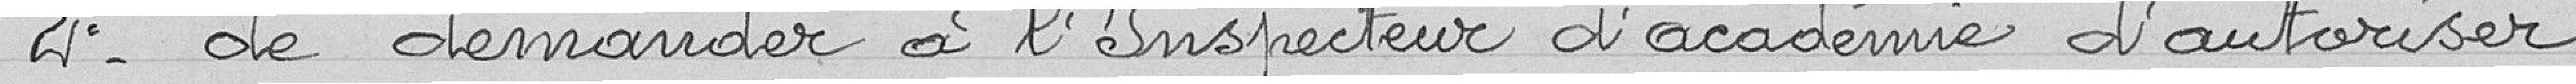
2°- de demander à l'inspecteur d'académie d'autoriser